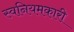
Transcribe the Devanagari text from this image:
स्वनियमकारी